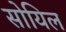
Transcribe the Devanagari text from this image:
सोयिल